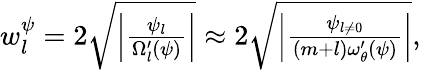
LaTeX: \begin{array}{r}{w_{l}^{\psi}=2\sqrt{\left|\frac{\psi_{l}}{\Omega_{l}^{\prime}(\psi)}\right|}\approx 2\sqrt{\left|\frac{\psi_{l\ne 0}}{(m+l)\omega_{\theta}^{\prime}(\psi)}\right|},}\end{array}